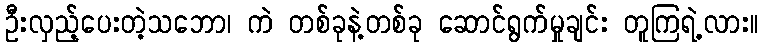
ဦးလှည့်ပေးတဲ့သဘော၊ ကဲ တစ်ခုနဲ့တစ်ခု ဆောင်ရွက်မှုချင်း တူကြရဲ့လား။